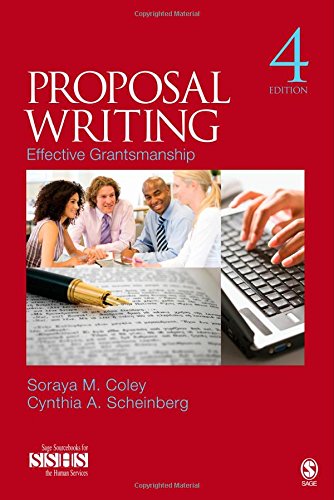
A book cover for Proposal Writing: Effective Grantsmanship (SAGE Sourcebooks for the Human Services); Soraya M. Coley; Business & Money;